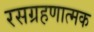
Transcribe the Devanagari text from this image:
रसग्रहणात्मक